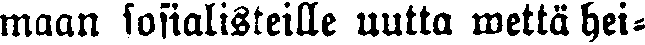
maan sosialisteille uutta wettä hei-